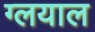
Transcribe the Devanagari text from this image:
ग्लयाल